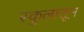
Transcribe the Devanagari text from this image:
स्कुलातून